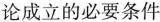
论成立的必要条件